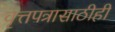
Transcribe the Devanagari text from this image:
वृत्तपत्रासाठीही